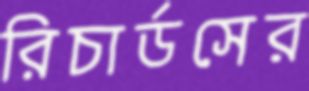
রিচার্ডসের